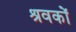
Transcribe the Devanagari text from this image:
श्रवकों